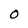
Character: 0